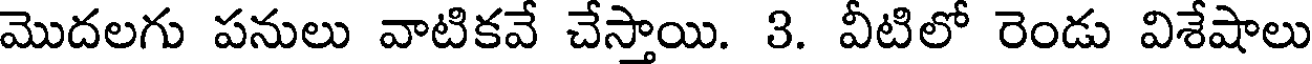
మొదలగు పనులు వాటికవే చేస్తాయి. 3. వీటిలో రెండు విశేషాలు